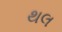
થલ